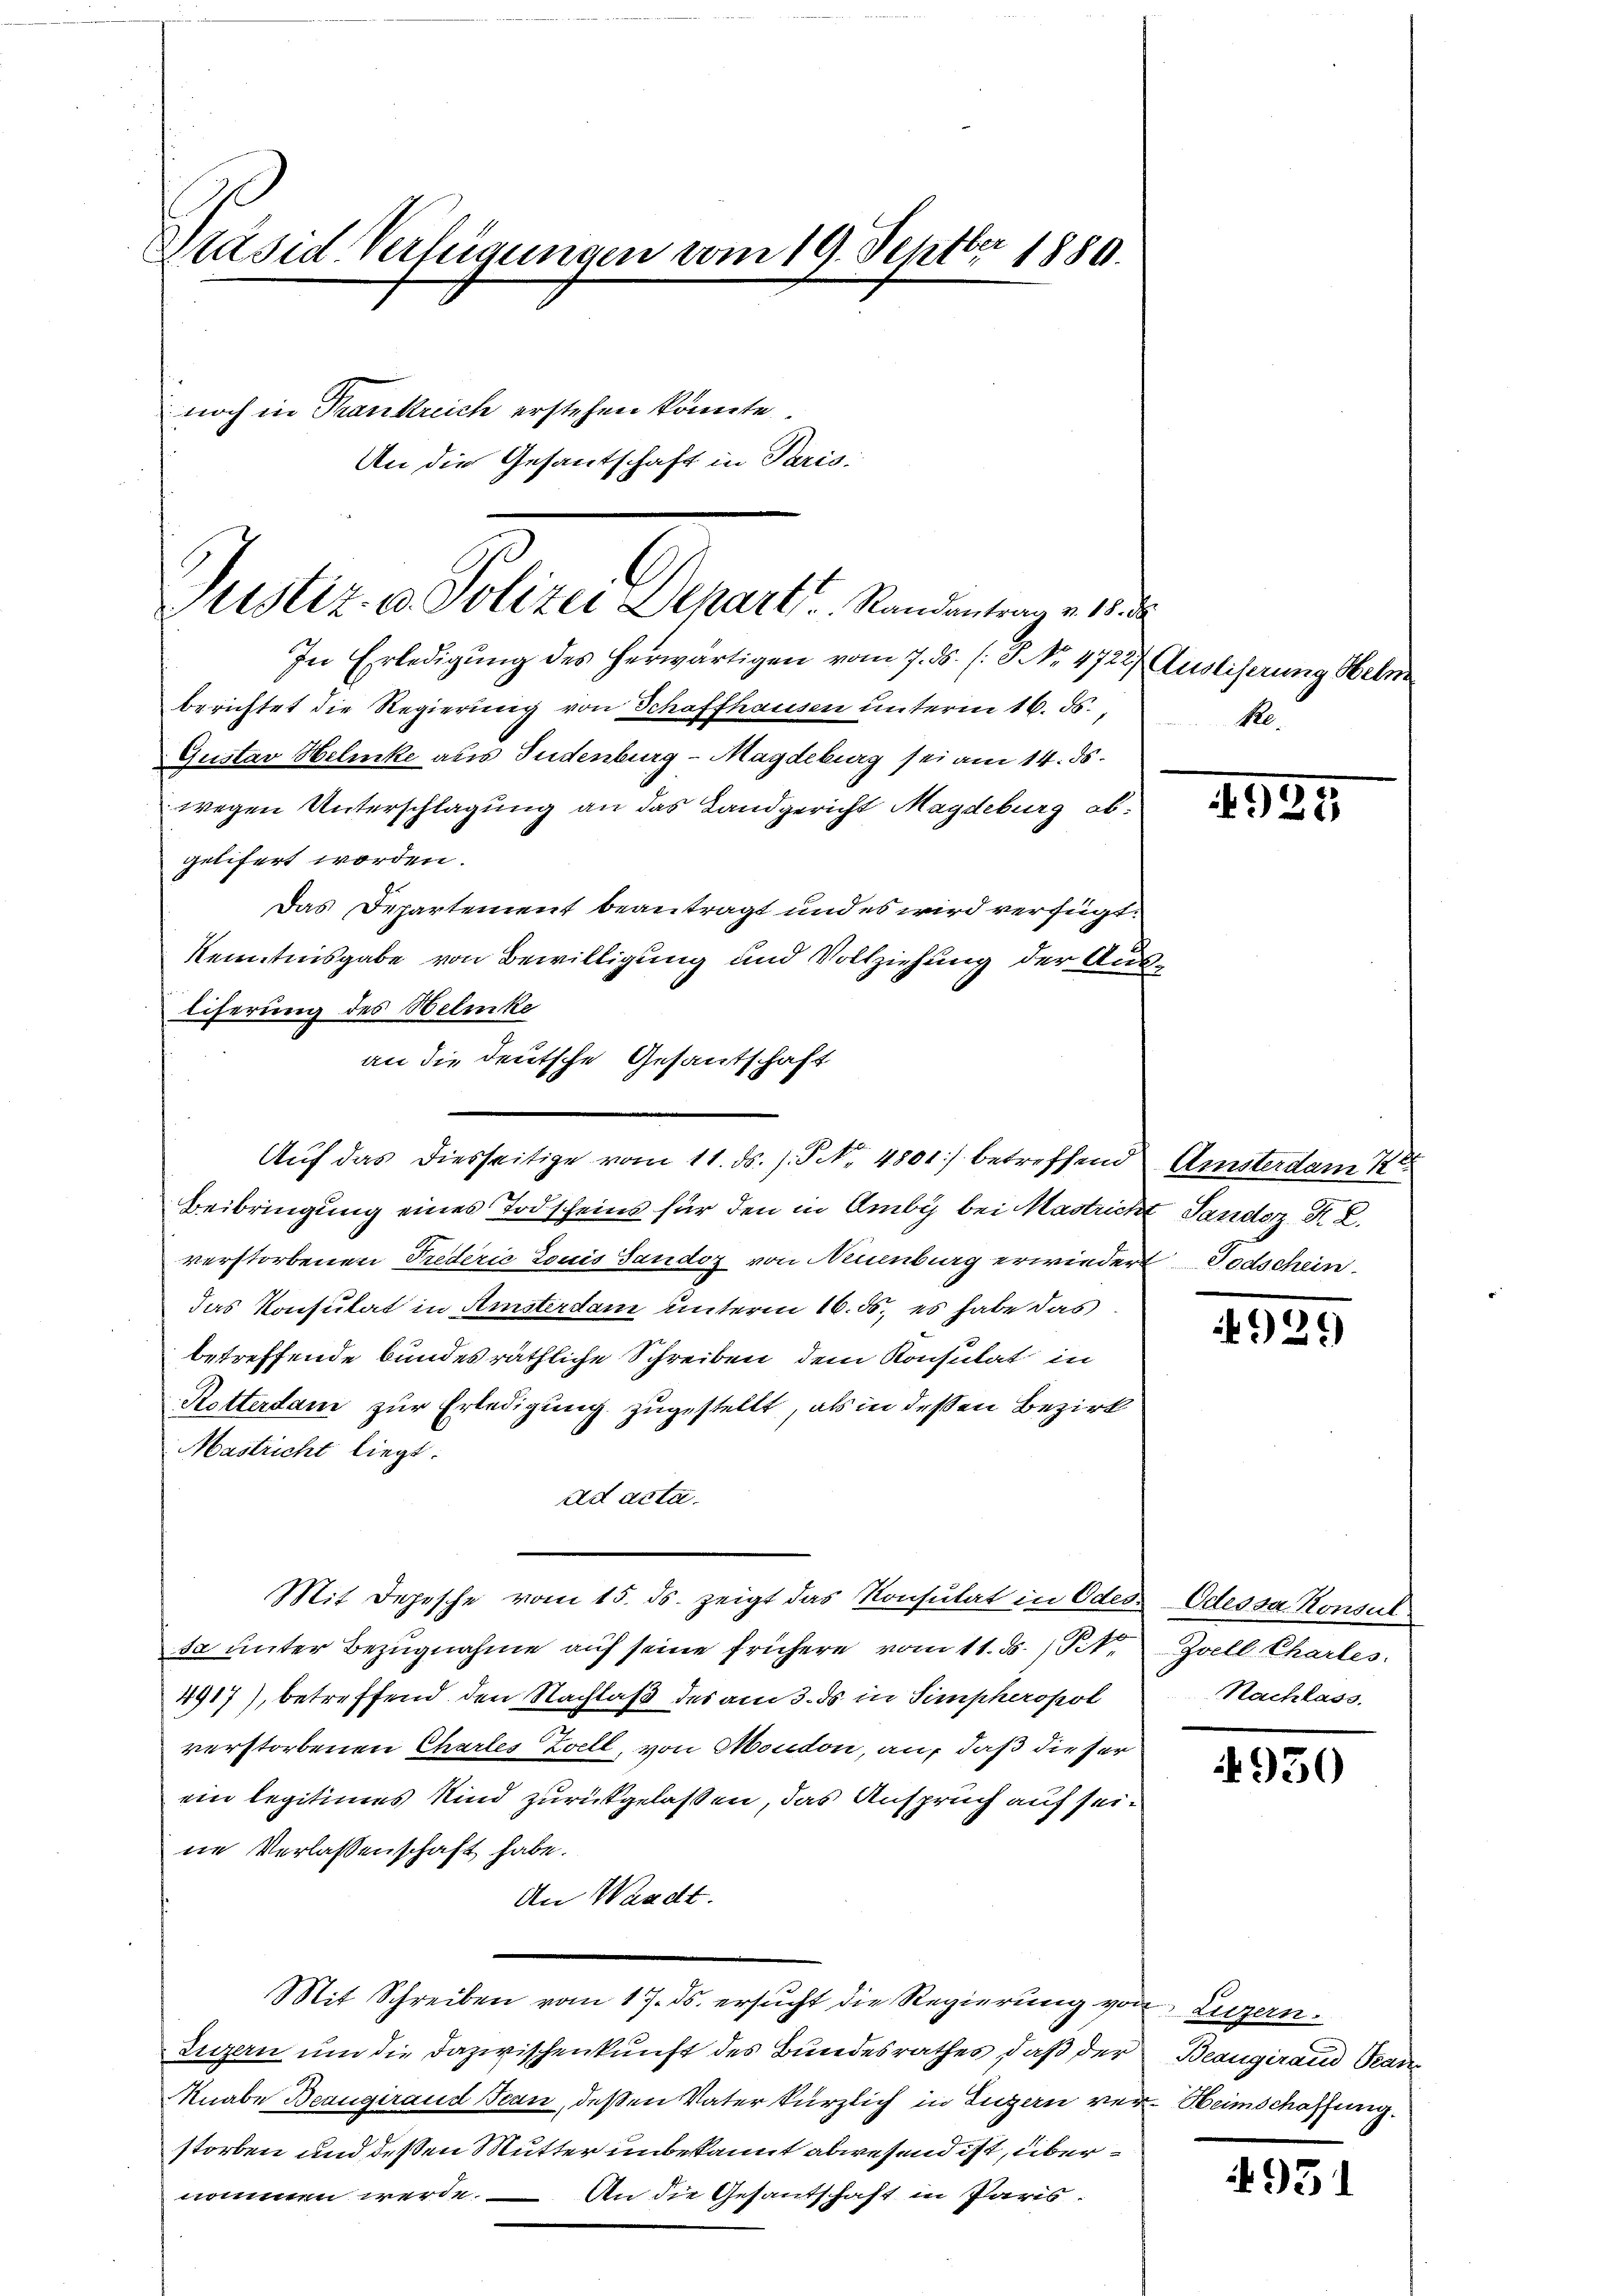
Präsid. Verfügungen vom 19. Septbr 1880.
noch in Trankreich erstehen könnte.
An die Gesantschaft in Paris.

Justiz- u. Polizei Depart. Randantrag v. 18. d
In Erledigung des herwärtigen vom 7. ds. s. S. Nr. 4722) Ausliserung Helen

berichtet die Regierung von Schaffhausen unterm 16. ds.,
Gustav Helenke als Judenburg - Magdeburg sei am 14. ds.
wegen Unterschlagung an das Landgericht Magdeburg abgelifert worden.
Das Departement beantragt und es wird verfügt:
Kenntnisgabe von Bewilligung und Vollziehung der Ausliferung des Helenke
Beibringung eines Todscheins für den in Amby bei Mastricht Sandoz. R. Z.
verstorbenen Prederić Louis Sandoz von Neuenburg erwiedert Todschein
das Konsulat in Amsterdam unterm 16. ds., es habe das
betreffende bundesräthliche Schreiben dem Konsulat in
Retterdam zur Erledigung zugestellt, als in dessen Bezirk
Mastricht liegt.
ad acta.
Mit Depesche vom 15. ds. zeigt das Konsulat in Odes. Odessa Konsul
ta unter Bezŭgnahme aŭf seine frühere vom 11. ds. (Tit. Zell Charles
4917), betreffend den Nachlaß des am 3. ds in Simpheropol
verstorbenen Chartes Zell, von Moudon, an, daß dieser
ein legitimes Kind zurückgelassen, das Anspruch auf seine Verlassenschaft habe.
An Waadt.
Mit Schreiben vom 17. ds. ersucht die Regierung von Luzern.
Luzern um die dazwischenkunft des Bundesrathes, daß der Beaugirand Bear¬
Knabe Beaugiraud Bean, deßen Vater kürzlich in Luzern ver-Heimschaffung.
storben und deßen Mutter unbekannt abwesend ist, übernommen werde. An die Gesantschaft in Paris

an die deutsche Gesantschaft
Auf das diesseitige vom 11. ds. s. S. 4801 betreffend

Re.

1925

Amsterdam K

929

Nachlass.

930

931